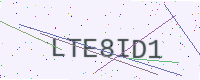
Text: LTE8ID1